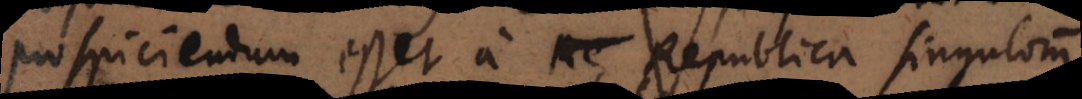
prospiciendum esset a Republica singulorum